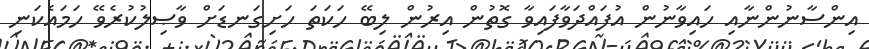
އިންސާނުންނާއި ހައިވާނުން އުފައްދަވާފައިވާ ގޮތުން އިރުން ލިބޭ ހަކަތަ ހަށިގަނޑަށް ވާޞިލުކުރެވޭ ހަމައެކަނި